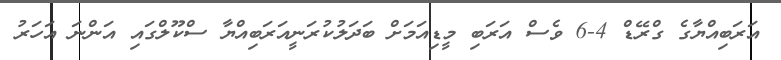
އަރަބިއްޔާގެ ގްރޭޑް 4-6 ވެސް އަރަބި މީޑިއަމަށް ބަދަލުކުރަނީއަރަބިއްޔާ ސްކޫލްގައި އަންނަ އަހަރު